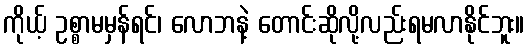
ကိုယ့် ဥစ္စာမမှန်ရင်၊ လောဘနဲ့ တောင်းဆိုလို့လည်းရမလာနိုင်ဘူး။